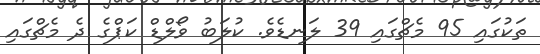
ތަކުގައި 95 މެޗްގައި 39 ލަނޑެވެ. ކުލަބު ވޯލްޑް ކަޕްގެ ދެ މެޗްގައި